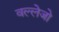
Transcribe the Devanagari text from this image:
वल्लेजो